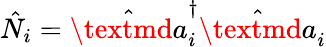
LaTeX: \hat{N}_{i}=\hat{\textmd a}_{i}^{\dagger}\hat{\textmd a}_{i}